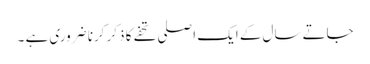
جاتے سال کے ایک اصلی تحفے کا ذکر کرنا ضروری ہے ۔